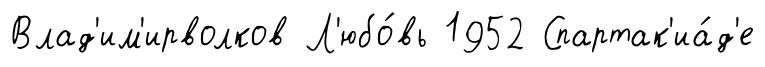
Влад'им'ирволков Л'юбо́вь 1952 Спартак'иа́д'е